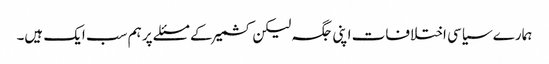
ہمارے سیاسی اختلافات اپنی جگہ لیکن کشمیر کے مسئلے پر ہم سب ایک ہیں۔